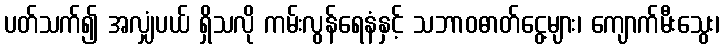
ပတ်သက်၍ အလျှံပယ် ရှိသလို ကမ်းလွန်ရေနံနှင့် သဘာဝဓာတ်ငွေ့များ၊ ကျောက်မီးသွေး၊